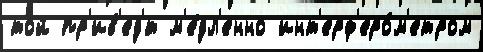
той пр'ив'ед'́т м'е́дл'енно инт'ерф'еро́м'етром